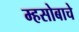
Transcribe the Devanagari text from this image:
म्हसोबाचे